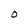
Character: O